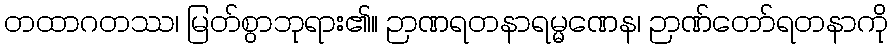
တထာဂတဿ၊ မြတ်စွာဘုရား၏။ ဉာဏရတနာရမ္မဏေန၊ ဉာဏ်တော်ရတနာကို